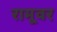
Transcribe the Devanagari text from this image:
रामूवर